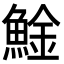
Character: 𩸱